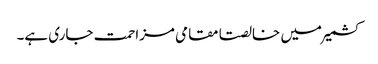
کشمیر میں خالصتا مقامی مزاحمت جاری ہے۔